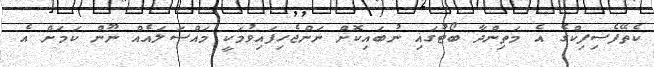
ކެތޭފެސިފިކްގެ އެ މަތިންދާ ބޯޓުގައި ނުބައިކޮށް ނަންޖެހިފައިވުމަކީ މައްސަލައެއް ނޫން ކަމަށް އެ